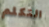
التكلم